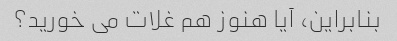
بنابراین، آیا هنوز هم غلات می خورید؟